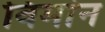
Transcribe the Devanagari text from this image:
विमांन